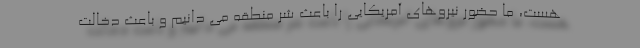
هست، ما حضور نیروهای آمریکایی را باعث شر منطقه می دانیم و باعث دخالت